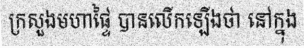
ក្រសួងមហាផ្ទៃ បានលើកឡើងថា នៅក្នុង